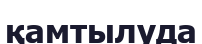
қамтылуда